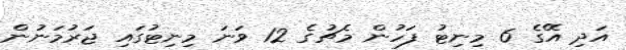
އަދި އޭގެ 6 މިނިޓު ފަހުން މެޗުގެ 12 ވަނަ މިނިޓުގައި ޖަރުމަނުން